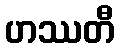
ဟဿတီ